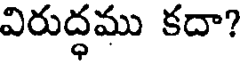
విరుద్ధము కదా?